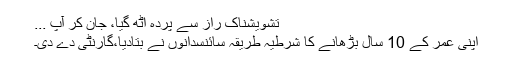
تشویشناک راز سے پردہ اٹھ گیا، جان کر آپ ...
اپنی عمر کے 10 سال بڑھانے کا شرطیہ طریقہ سائنسدانوں نے بتادیا،گارنٹی دے دی۔